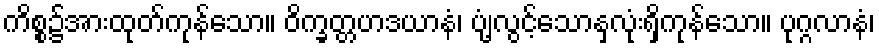
ကိစ္စ၌အားထုတ်ကုန်သော။ ဝိက္ခတ္တဟဒယာနံ၊ ပျံ့လွင့်သောနှလုံးရှိကုန်သော။ ပုဂ္ဂလာနံ၊